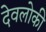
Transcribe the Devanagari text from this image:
देवलोकी